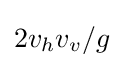
2v_{h}v_{v}/g